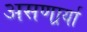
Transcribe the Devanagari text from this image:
असणार्र्या